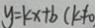
y = k x + b ( k \neq 0